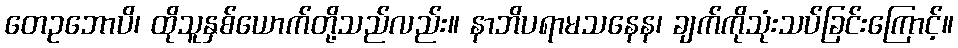
တေဥဘောပိ၊ ထိုသူနှစ်ယောက်တို့သည်လည်း။ နာဘိပရာမသနေန၊ ချက်ကိုသုံးသပ်ခြင်းကြောင့်။